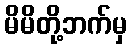
မိမိတို့ဘက်မှ